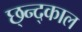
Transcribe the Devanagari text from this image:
छ्न्द्काल